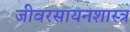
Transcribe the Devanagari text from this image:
जीवरसायनशास्त्र